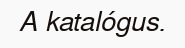
A katalógus.